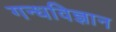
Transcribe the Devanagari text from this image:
गन्धविज्ञान